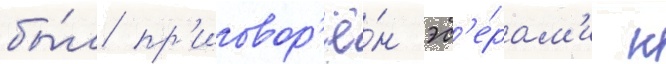
бы́л пр'иговор'ё́н эс'е́рам'и к